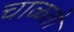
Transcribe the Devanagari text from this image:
चाळतो